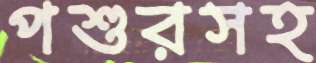
পশুরসহ